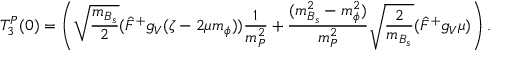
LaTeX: T _ { 3 } ^ { P } ( 0 ) = \left( \sqrt { \frac { m _ { B _ { s } } } { 2 } } ( \hat { F } ^ { + } g _ { V } ( \zeta - 2 \mu m _ { \phi } ) ) \frac { 1 } { m _ { P } ^ { 2 } } + \frac { ( m _ { B _ { s } } ^ { 2 } - m _ { \phi } ^ { 2 } ) } { m _ { P } ^ { 2 } } \sqrt { \frac { 2 } { m _ { B _ { s } } } } ( \hat { F } ^ { + } g _ { V } \mu ) \right) .